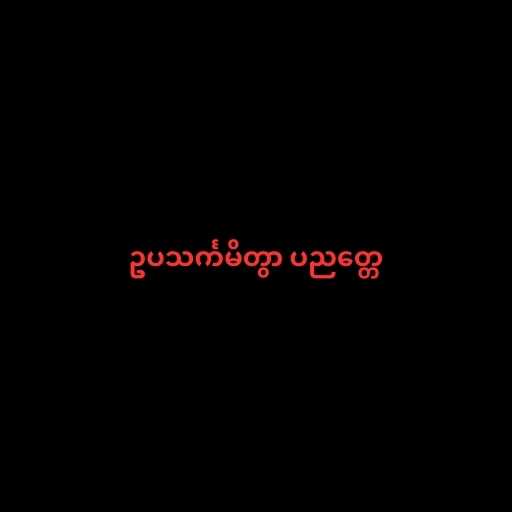
ဥပသင်္ကမိတွာ ပညတ္တေ